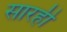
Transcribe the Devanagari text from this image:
सारही